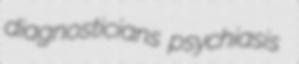
diagnosticians psychiasis